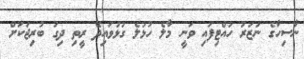
ނާސިހާގެ ނަޒަރު ހުއްޓިފައި ވަނީ މާލެ ހުޅުލެ ގުޅުވައިދޭ ރީތި ދިގު ބުރިޖަކަށް